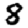
Digit: 8